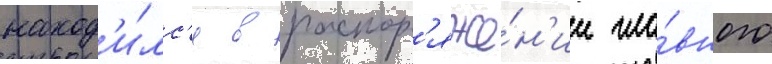
наход'и́лс'я в распор'яже́н'ии гла́вного